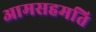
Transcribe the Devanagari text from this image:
आमसहमति